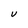
Character: v